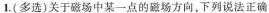
1.(多选)关于磁场中某一点的磁场方向，下列说法正确